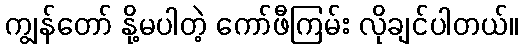
ကျွန်တော် နို့မပါတဲ့ ကော်ဖီကြမ်း လိုချင်ပါတယ်။